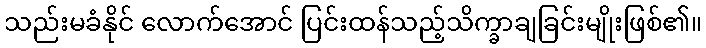
သည်းမခံနိုင် လောက်အောင် ပြင်းထန်သည့်သိက္ခာချခြင်းမျိုးဖြစ်၏။